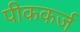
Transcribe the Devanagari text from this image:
पीककर्ज